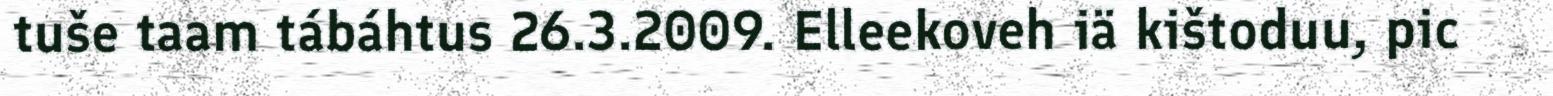
tuše taam tábáhtus 26.3.2009. Elleekoveh iä kištoduu, pic